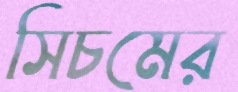
সিচমের